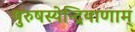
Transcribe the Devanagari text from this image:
पुरुषस्येन्द्रियाणाम्